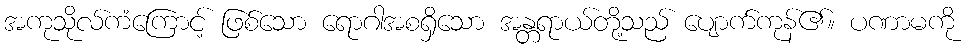
အကုသိုလ်ကံကြောင့် ဖြစ်သော ရောဂါအစရှိသော အန္တရာယ်တို့သည် ပျောက်ကုန်၏။ ပဏာမကို